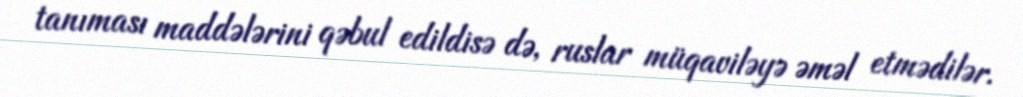
tanıması maddələrini qəbul edildisə də, ruslar müqaviləyə əməl etmədilər.